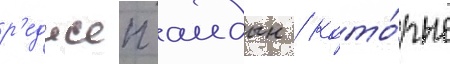
р'еджеп аидын / кото́рые